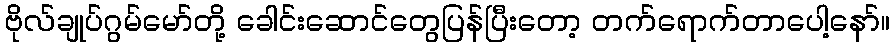
ဗိုလ်ချုပ်ဂွမ်မော်တို့ ခေါင်းဆောင်တွေပြန်ပြီးတော့ တက်ရောက်တာပေါ့နော်။